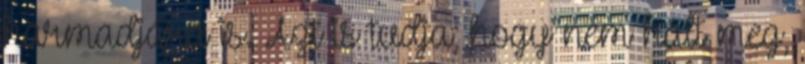
harmadjára is. Azt is tudja, hogy nem halt meg,